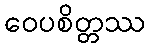
ဝေပစိတ္တဿ